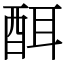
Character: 䣵